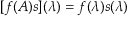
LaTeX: [ f ( A ) s ] ( \lambda ) = f ( \lambda ) s ( \lambda )